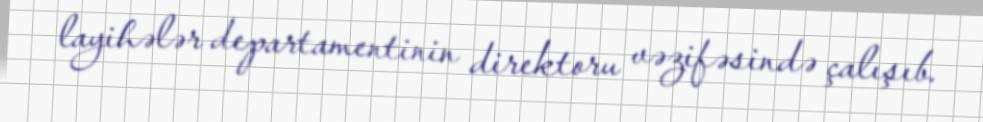
layihələr departamentinin direktoru vəzifəsində çalışıb.